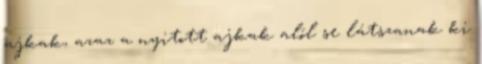
ajkak, azaz a nyitott ajkak alól se látszanak ki